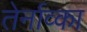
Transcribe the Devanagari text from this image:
तेर्नाव्का